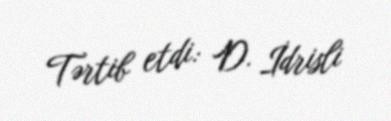
Tərtib etdi: D. İdrisli